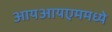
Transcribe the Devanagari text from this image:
आयआयएममध्ये